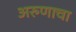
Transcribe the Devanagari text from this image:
अरुणाचा